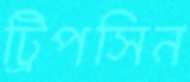
ট্রিপসিন